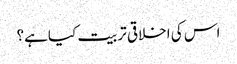
اس کی اخلاقی تربیت کیاہے؟